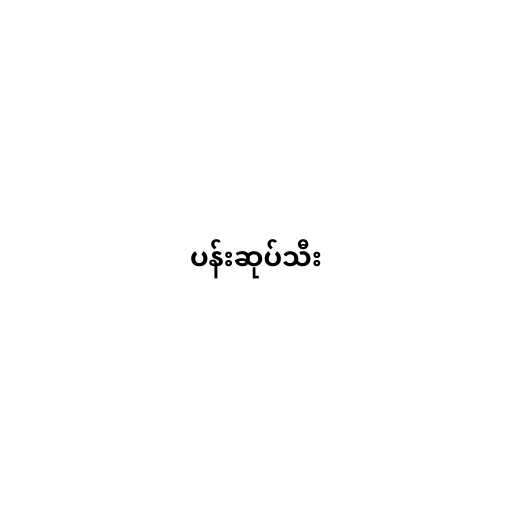
ပန်းဆုပ်သီး